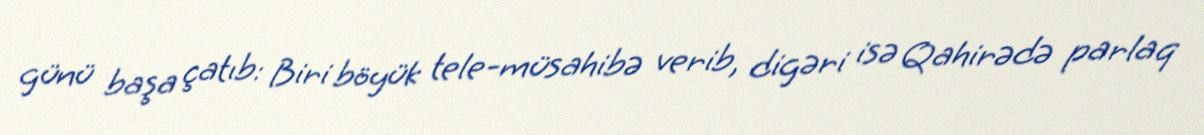
günü başa çatıb: Biri böyük tele-müsahibə verib, digəri isə Qahirədə parlaq